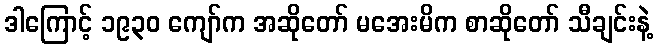
ဒါကြောင့် ၁၉၃၀ ကျော်က အဆိုတော် မအေးမိက စာဆိုတော် သီချင်းနဲ့